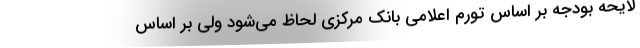
لایحه بودجه بر اساس تورم اعلامی بانک مرکزی لحاظ می‌شود ولی بر اساس